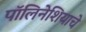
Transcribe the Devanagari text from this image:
पॉलिनेशियाचे